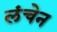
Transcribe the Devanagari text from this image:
लंचेन